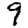
Digit: 9